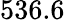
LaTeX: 536.6